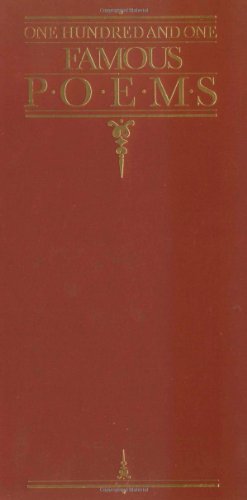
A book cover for One Hundred and One Famous Poems; Roy Cook; Literature & Fiction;